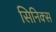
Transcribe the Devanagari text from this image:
सिनिक्स